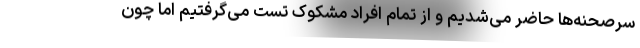
سرصحنه‌ها حاضر می‌شدیم و از تمام افراد مشکوک تست می‌گرفتیم اما چون